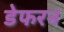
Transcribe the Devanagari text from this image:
डेफरन